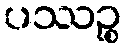
ပဿဉ္စ